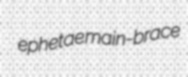
ephetae main-brace